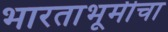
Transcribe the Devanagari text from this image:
भारताभूमीचा